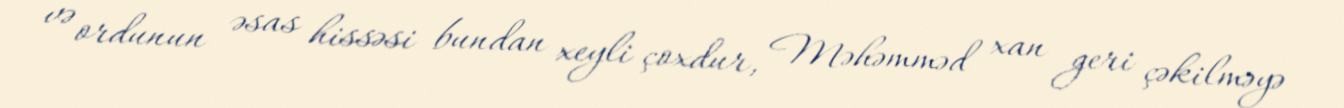
və ordunun əsas hissəsi bundan xeyli çoxdur, Məhəmməd xan geri çəkilməyə